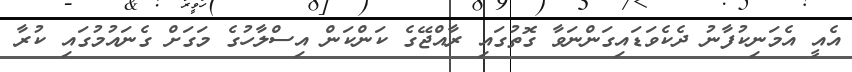
އެއީ އެމަނިކުފާނު ދެކެވަޑައިގަންނަވާ ގޮތުގައި ރާއްޖޭގެ ކަންކަން އިސްލާހުގެ މަގަށް ގެނައުމުގައި ކުރާ